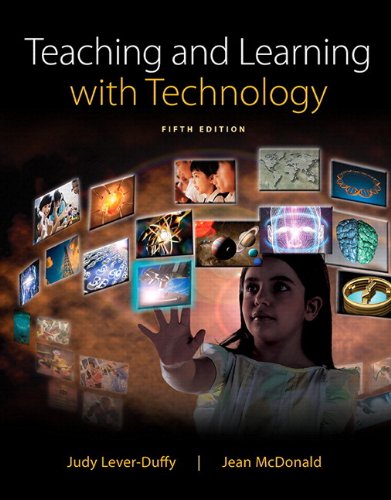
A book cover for Teaching and Learning with Technology, Enhanced Pearson eText with Loose-Leaf Version -- Access Card Package (5th Edition); Judy Lever-Duffy; Education & Teaching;